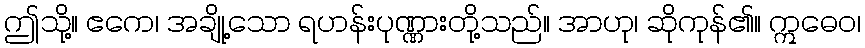
ဤသို့။ ဧကေ၊ အချို့သော ရဟန်းပုဏ္ဏားတို့သည်။ အာဟု၊ ဆိုကုန်၏။ ဣဓေဝ၊